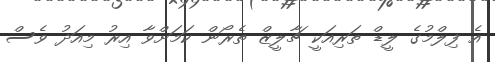
އެ ފިލްމުގެ ލީޑް ތަރިއަކީ ޗާލީޒް ތެރޯން ކަމަށްވާ އިރު މިއަދު ވެސް